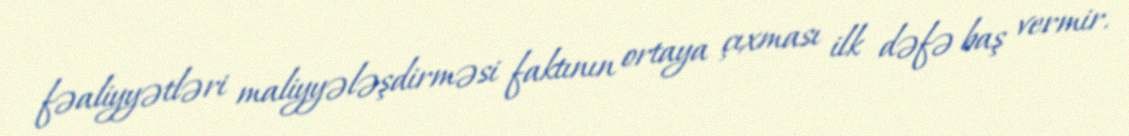
fəaliyyətləri maliyyələşdirməsi faktının ortaya çıxması ilk dəfə baş vermir.